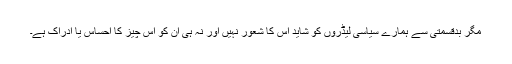
مگر بدقسمتی سے ہمارے سیاسی لیڈروں کو شاید اس کا شعور نہیں اور نہ ہی ان کو اس چیز کا احساس یا ادراک ہے۔